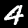
Digit: 4